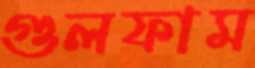
গুলফাম